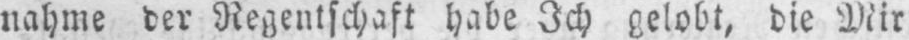
nahme der Regentschaft habe Ich gelobt, die Mir